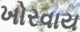
ખોરવાય